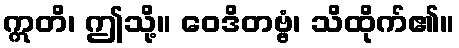
ဣတိ၊ ဤသို့။ ဝေဒိတဗ္ဗံ၊ သိထိုက်၏။